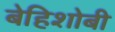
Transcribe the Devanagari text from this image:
बेहिशोबी